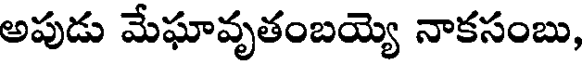
అపుడు మేఘావృతంబయ్యె నాకసంబు,